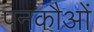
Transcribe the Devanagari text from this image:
पनकौओं